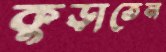
কুড়াতেন